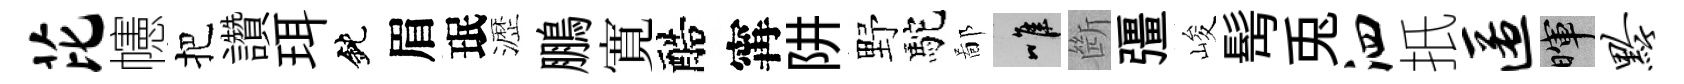
芘幰把讚珥鈍眉珉瀝鵬寛醅𡩋阱野駝鄙唯㫁彊峻髩兎泗扺匿暉黔